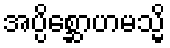
အပ္ပိစ္ဆောဟမသ္မိ